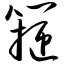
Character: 箍